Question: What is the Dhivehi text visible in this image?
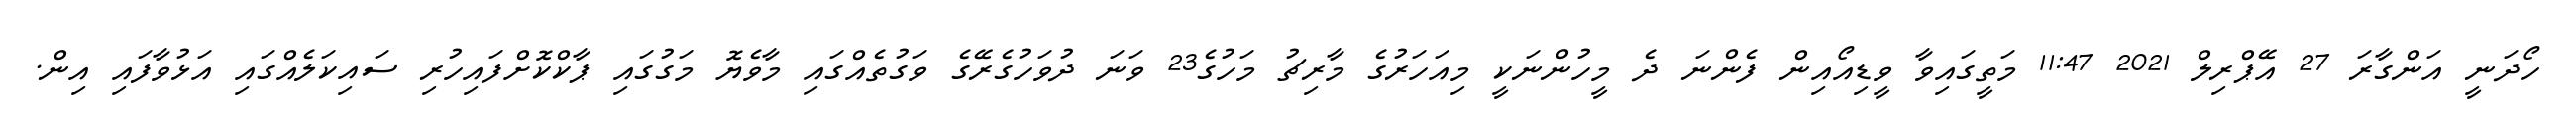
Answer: ހޯދަނީ އަންގާރަ 27 އޭޕްރިލް 2021 11:47 މަތީގައިވާ ވީޑިއޯއިން ފެންނަ ދެ މީހުންނަކީ މިއަހަރުގެ މާރިޗު މަހުގެ23 ވަނަ ދުވަހުގެރޭގެ ވަގުތެއްގައި މާވެޔޮ މަގުގައި ޕާކްކޮށްފައިހުރި ސައިކަލެއްގައި އަޅުވާފައި އިން.